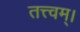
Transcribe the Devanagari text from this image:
तत्त्वम्।